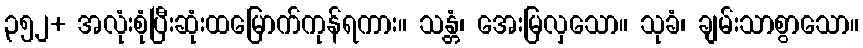
၃၅၂+ အလုံးစုံပြီးဆုံးထမြောက်ကုန်ရကား။ သန္တံ၊ အေးမြလှသော။ သုခံ၊ ချမ်းသာစွာသော။